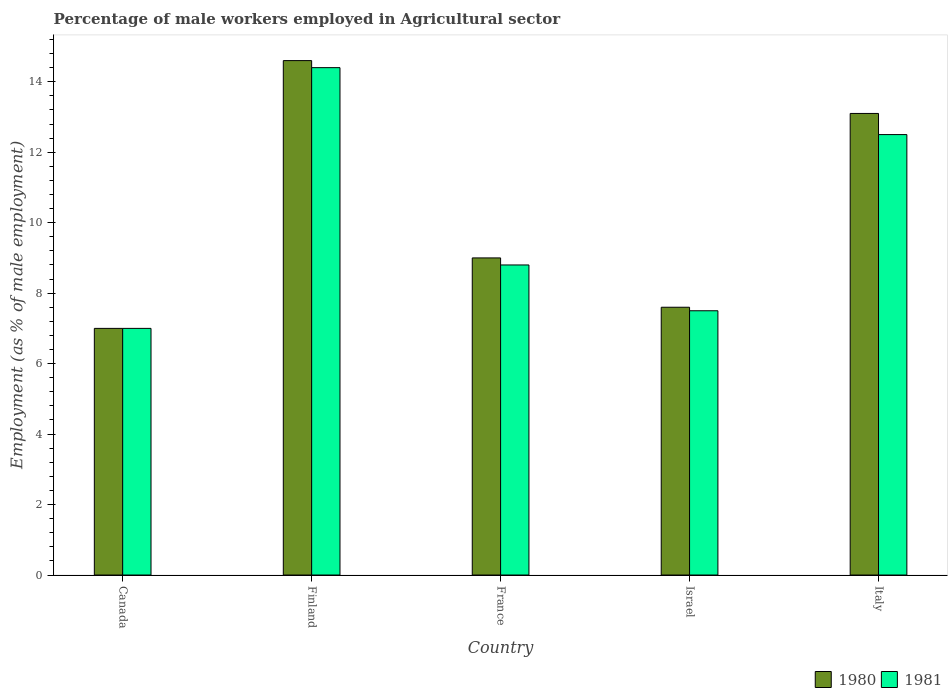
| Country | 1980 | 1981 |
 | --- | --- | --- |
 | Canada | 7 | 7 |
 | Finland | 14.6 | 14.4 |
 | France | 9 | 8.8 |
 | Israel | 7.6 | 7.5 |
 | Italy | 13.1 | 12.5 |